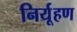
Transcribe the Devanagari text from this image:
निर्यूहण